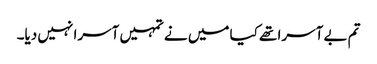
تم بے آسرا تھے کیا میں نے تمہیں آسرا نہیں دیا۔